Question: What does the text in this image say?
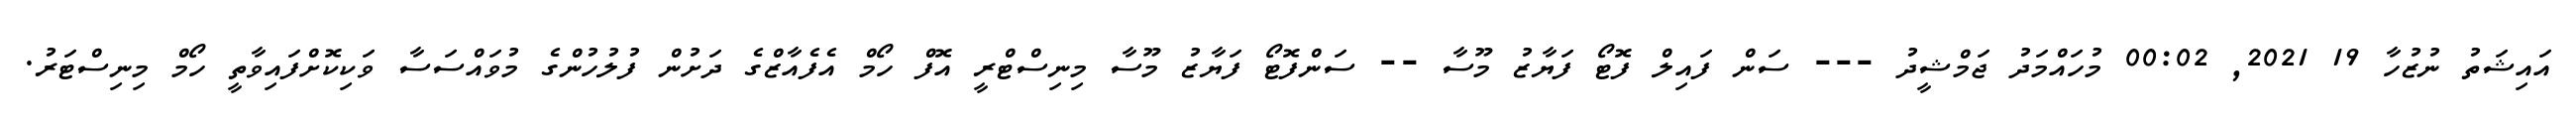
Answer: އައިޝަތު ނުޒުހާ 19 2021, 00:02 މުހައްމަދު ޖަމްޝީދު --- ސަން ފައިލް ފޮޓޯ ފަޔާޒު މޫސާ -- ސަންފޮޓޯ ފަޔާޒު މޫސާ މިނިސްޓްރީ އޮފް ހޯމް އެފެއާޒްގެ ދަށުން ފުލުހުންގެ މުވައްސަސާ ވަކިކޮށްފައިވާތީ ހޯމް މިނިސްޓަރު.